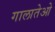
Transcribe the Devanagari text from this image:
गालातेओ